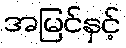
အမြင်နှင့်